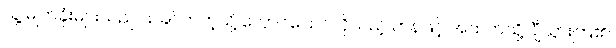
သူ့ မျက်ခုံးများသည် ယခင်ကကဲ့သို့ လှောင်ပြောင်လိုသည့် ဟန်ဖြင့် အထက်သို့ ချီသွားကြ၏။